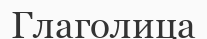
Глаголица